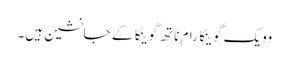
وویک گوینکا رام ناتھ گوینکا کے جانشین ہیں۔